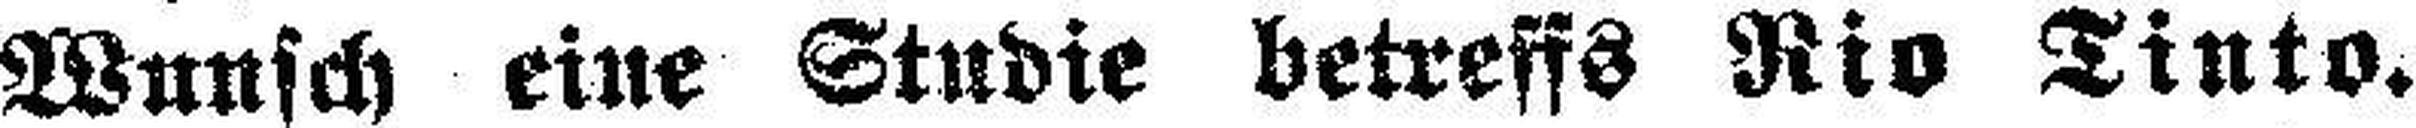
Wunsch eine Studie betreffs Rio Tinto.